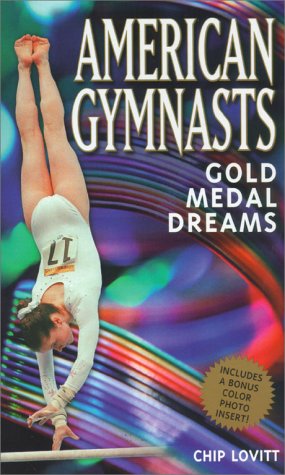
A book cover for American Gymnasts: Gold Medal Dreams; Chip Lovitt; Teen & Young Adult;